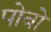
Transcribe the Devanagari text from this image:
पोबो